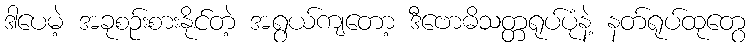
ဒါပေမဲ့ အခုစဉ်းစားနိုင်တဲ့ အရွယ်ကျတော့ ဒီဗောဓိသတ္တရုပ်ပုံနဲ့ နတ်ရုပ်ထုတွေ